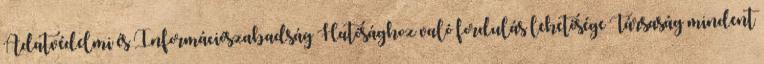
Adatvédelmi és Információszabadság Hatósághoz való fordulás lehetősége Társaság mindent